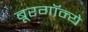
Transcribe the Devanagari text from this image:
बूरगॉन्ये